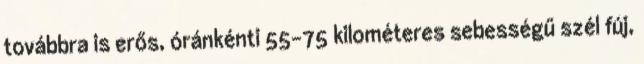
továbbra is erős, óránkénti 55-75 kilométeres sebességű szél fúj,